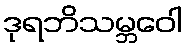
ဒုရဘိသမ္ဘဝေါ